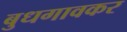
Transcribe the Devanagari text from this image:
बुधगावकर